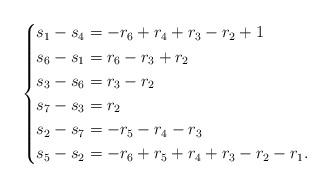
LaTeX: \begin{align*}\left\{\begin{aligned}s_{1}-s_{4}&= -r_{6} +r_{4}+r_{3}-r_{2}+1\\s_{6}-s_{1}&=r_{6}-r_{3}+r_{2}\\s_{3}-s_{6}&=r_{3}-r_{2}\\s_{7}-s_{3}&=r_{2}\\s_{2}-s_{7}&=-r_{5}-r_{4}-r_{3}\\s_{5}-s_{2}&=-r_{6} +r_{5} +r_{4} +r_{3}-r_{2}-r_{1}.\end{aligned}\right.\end{align*}